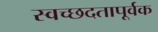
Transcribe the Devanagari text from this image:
स्वच्छदतापूर्वक